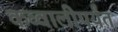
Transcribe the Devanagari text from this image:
कव्वालीपर्यंत